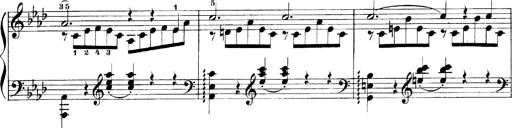
Title: LiebestrÃ¤ume
Composer: Franz Behr
Key: E-flat major